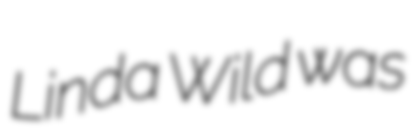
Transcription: Linda Wild was